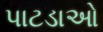
પાટડાઓ